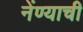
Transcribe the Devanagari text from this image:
नेंण्याची